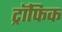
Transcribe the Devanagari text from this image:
ट्रॉफिक